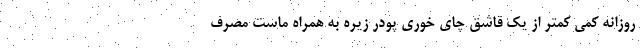
روزانه کمی کمتر از یک قاشق چای خوری پودر زیره به همراه ماست مصرف